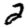
Digit: 2